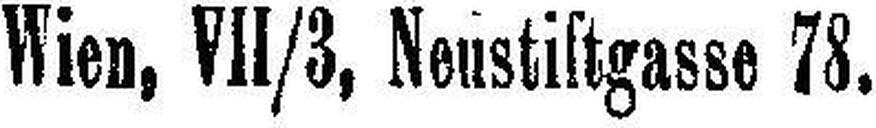
Wien, VII/3, Neustiftgasse 78.